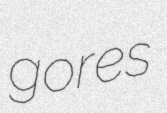
gores